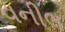
વનીલ